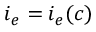
i _ { e } = i _ { e } ( c )